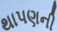
થાપણની